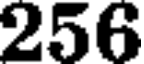
256